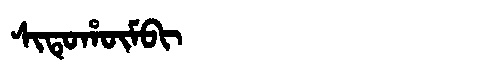
Manchu: ᠰᡳᡨᡠᡥᡡᠮᠪᡳ
Romanization: SITUHŪMBI